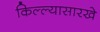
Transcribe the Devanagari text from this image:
किल्ल्यासारखे